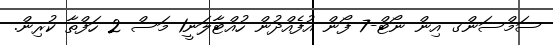
ސަމްސަންގ އިން ނޯޓް-7 ފޯން އުފެއްދުން ހުއްޓާލަނީ1 މަސް 2 ހަފްތާ ކުރިން.